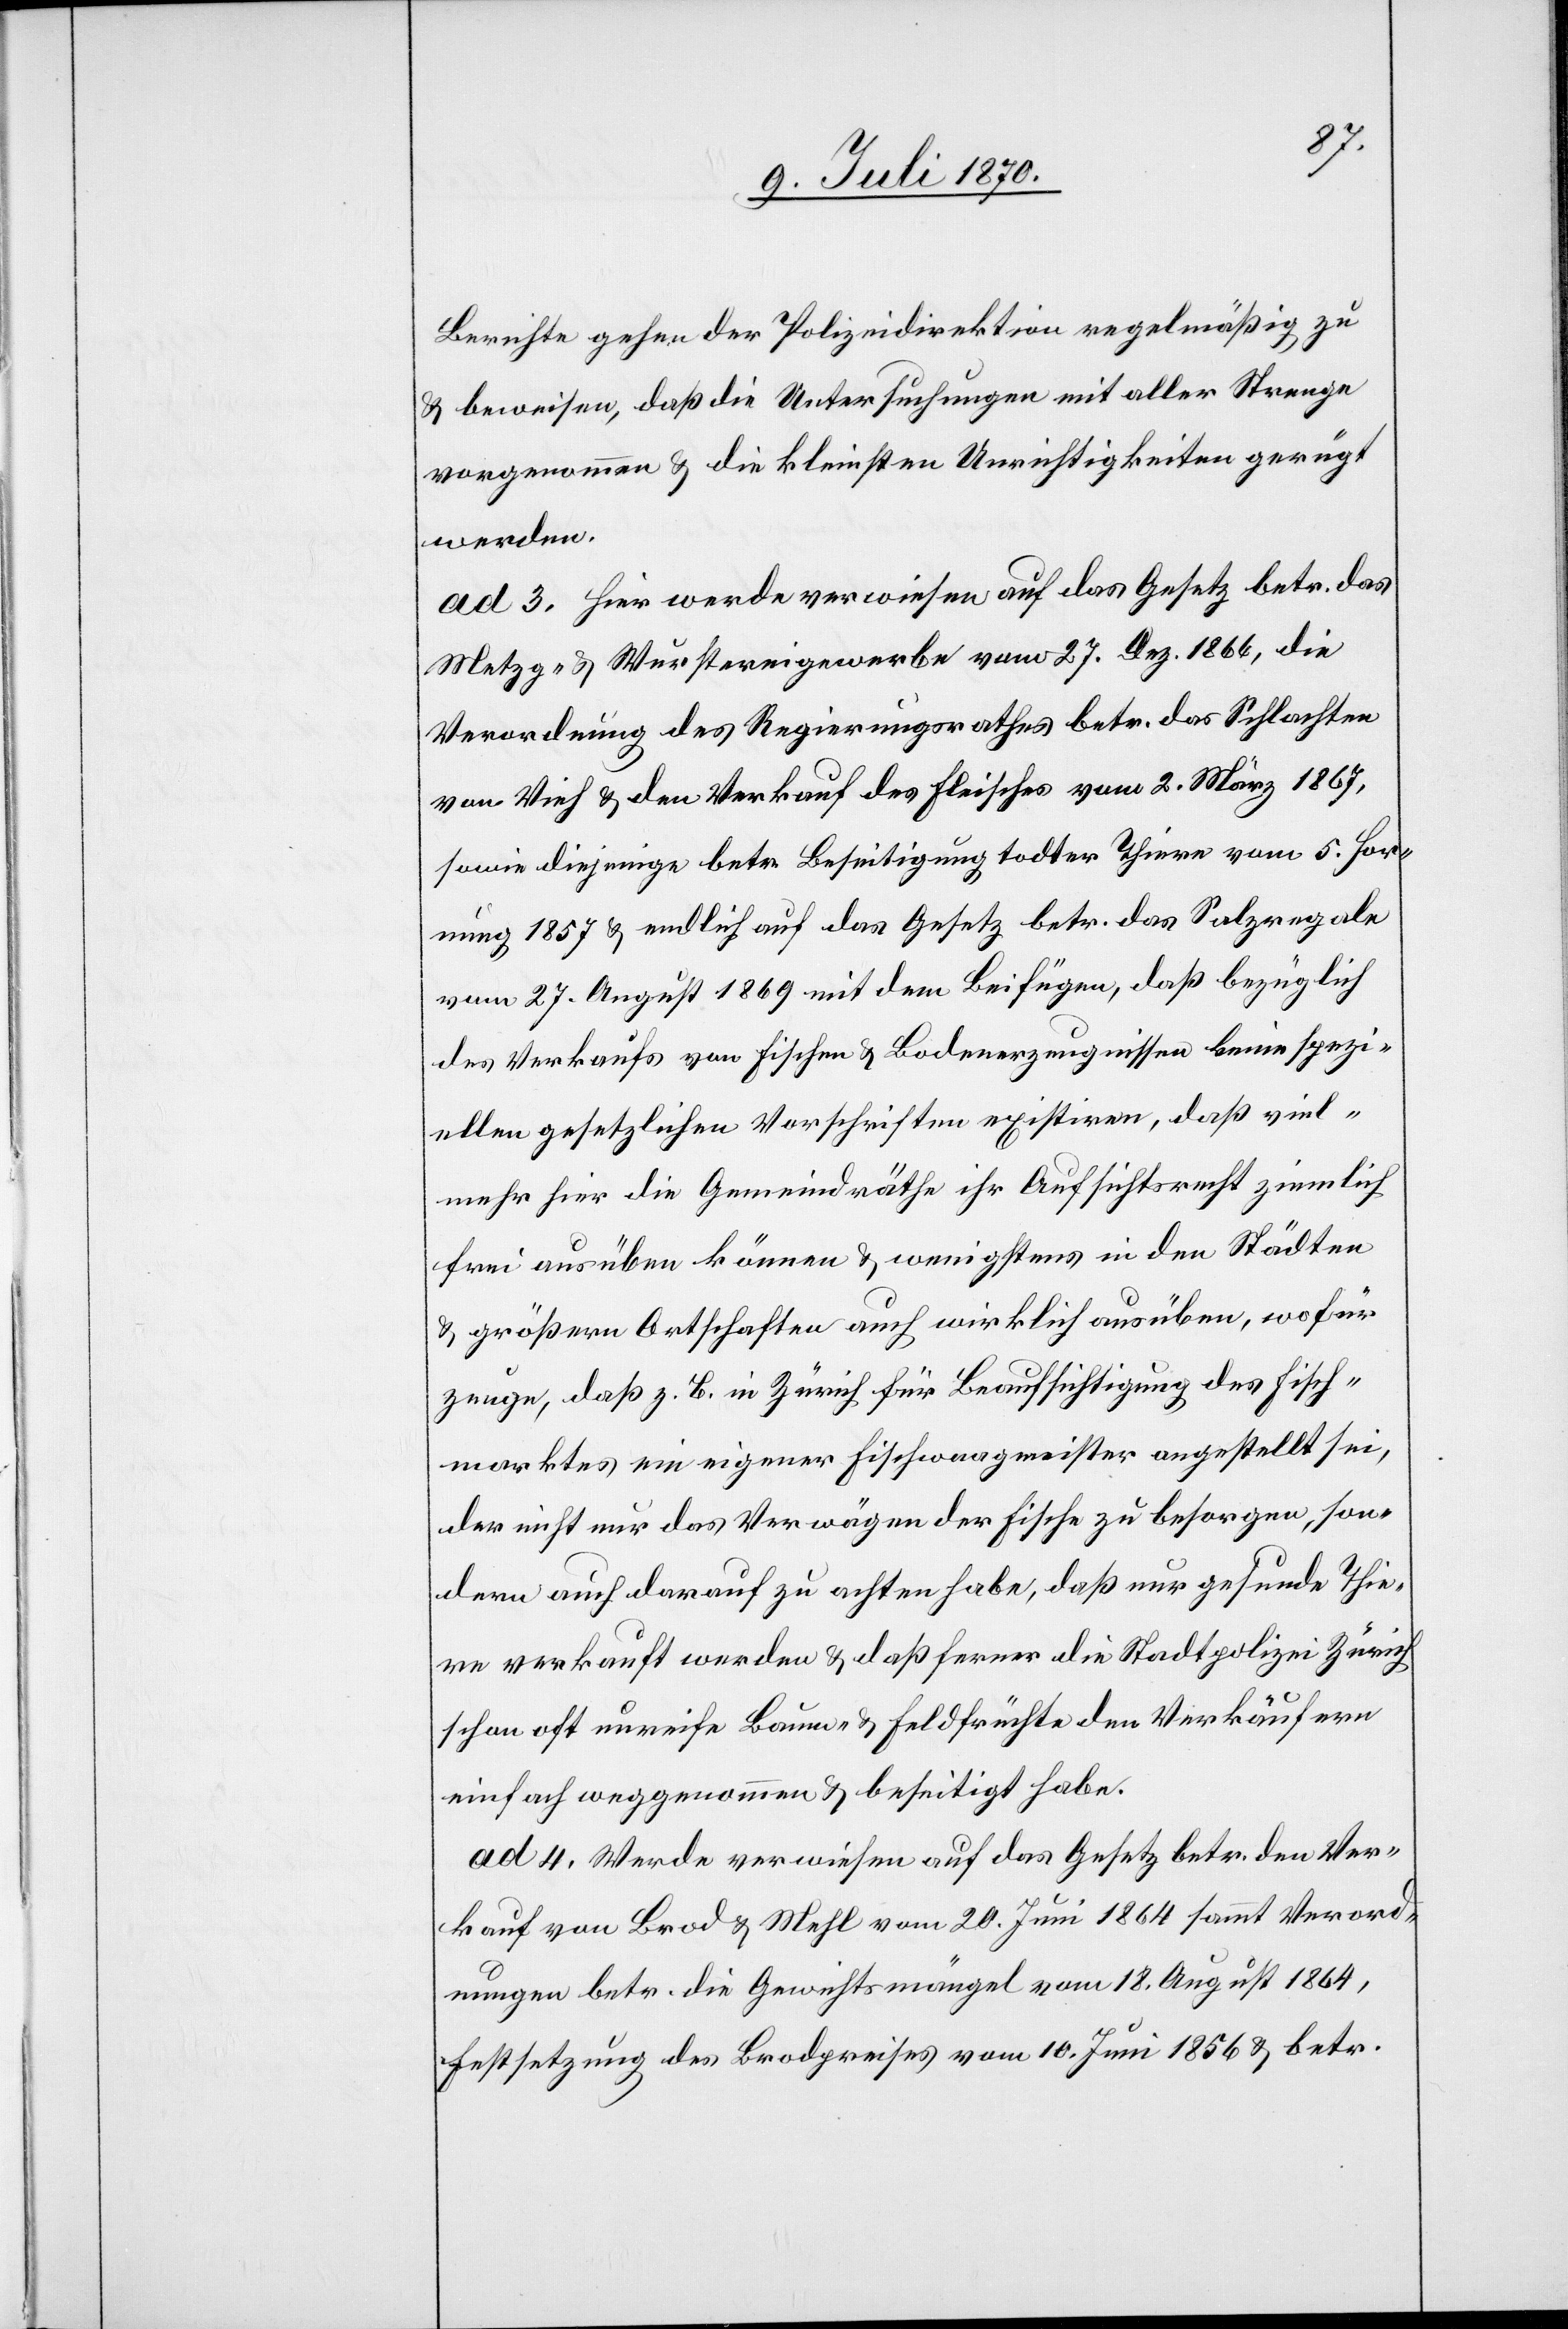
Berichte gehen der Polizeidirektion regelmäßig zu
& beweisen, daß die Untersuchungen mit aller Strenge
vorgenommen & die kleinsten Unrichtigkeiten gerügt
werden.
ad 3. Hier werde verwiesen auf das Gesetz betr. das
Metzg- & Wurstereigewerbe vom 27. Dez. 1866, die
Verordnung des Regierungsrathes betr. das Schlachten
von Vieh & den Verkauf des Fleisches vom 2. März 1867,
sowie diejenige betr. Beseitigung todter Thiere vom 5. Hor¬
nung 1857 & endlich auf das Gesetz betr. das Salzregale
vom 27. August 1869 mit dem Beifügen, daß bezüglich
des Verkaufs von Fischen & Bodenerzeugnissen keine spezi¬
ellen gesetzlichen Vorschriften existieren, daß viel¬
mehr hier die Gemeindräthe ihr Aufsichtsrecht ziemlich
frei ausüben können & wenigstens in den Städten
& größern Ortschaften auch wirklich ausüben, wofür
zeuge, daß z. B. in Zürich für Beaufsichtigung des Fisch¬
marktes ein eigener Fischwaagmeister angestellt sei,
der nicht nur das Verwägen der Fische zu besorgen, son¬
dern auch darauf zu achten habe, daß nur gesunde Thie¬
re verkauft werden & daß ferner die Stadtpolizei Zürich
schon oft unreife Baum- & Feldfrüchte den Verkäufern
einfach weggenommen & beseitigt habe.
ad 4. Werde verwiesen auf das Gesetz betr. den Ver¬
kauf von Brod & Mehl vom 20. Juni 1864 sammt Verord¬
nungen betr. die Gewichtsmängel vom 18. August 1864,
Festsetzung des Brodpreises vom 10. Juni 1856 & betr.